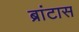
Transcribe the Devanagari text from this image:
ब्रांटास